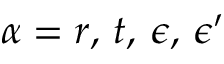
\alpha = r , \, t , \, \epsilon , \, \epsilon ^ { \prime }